Illuka_vallavalitsus, lk 8
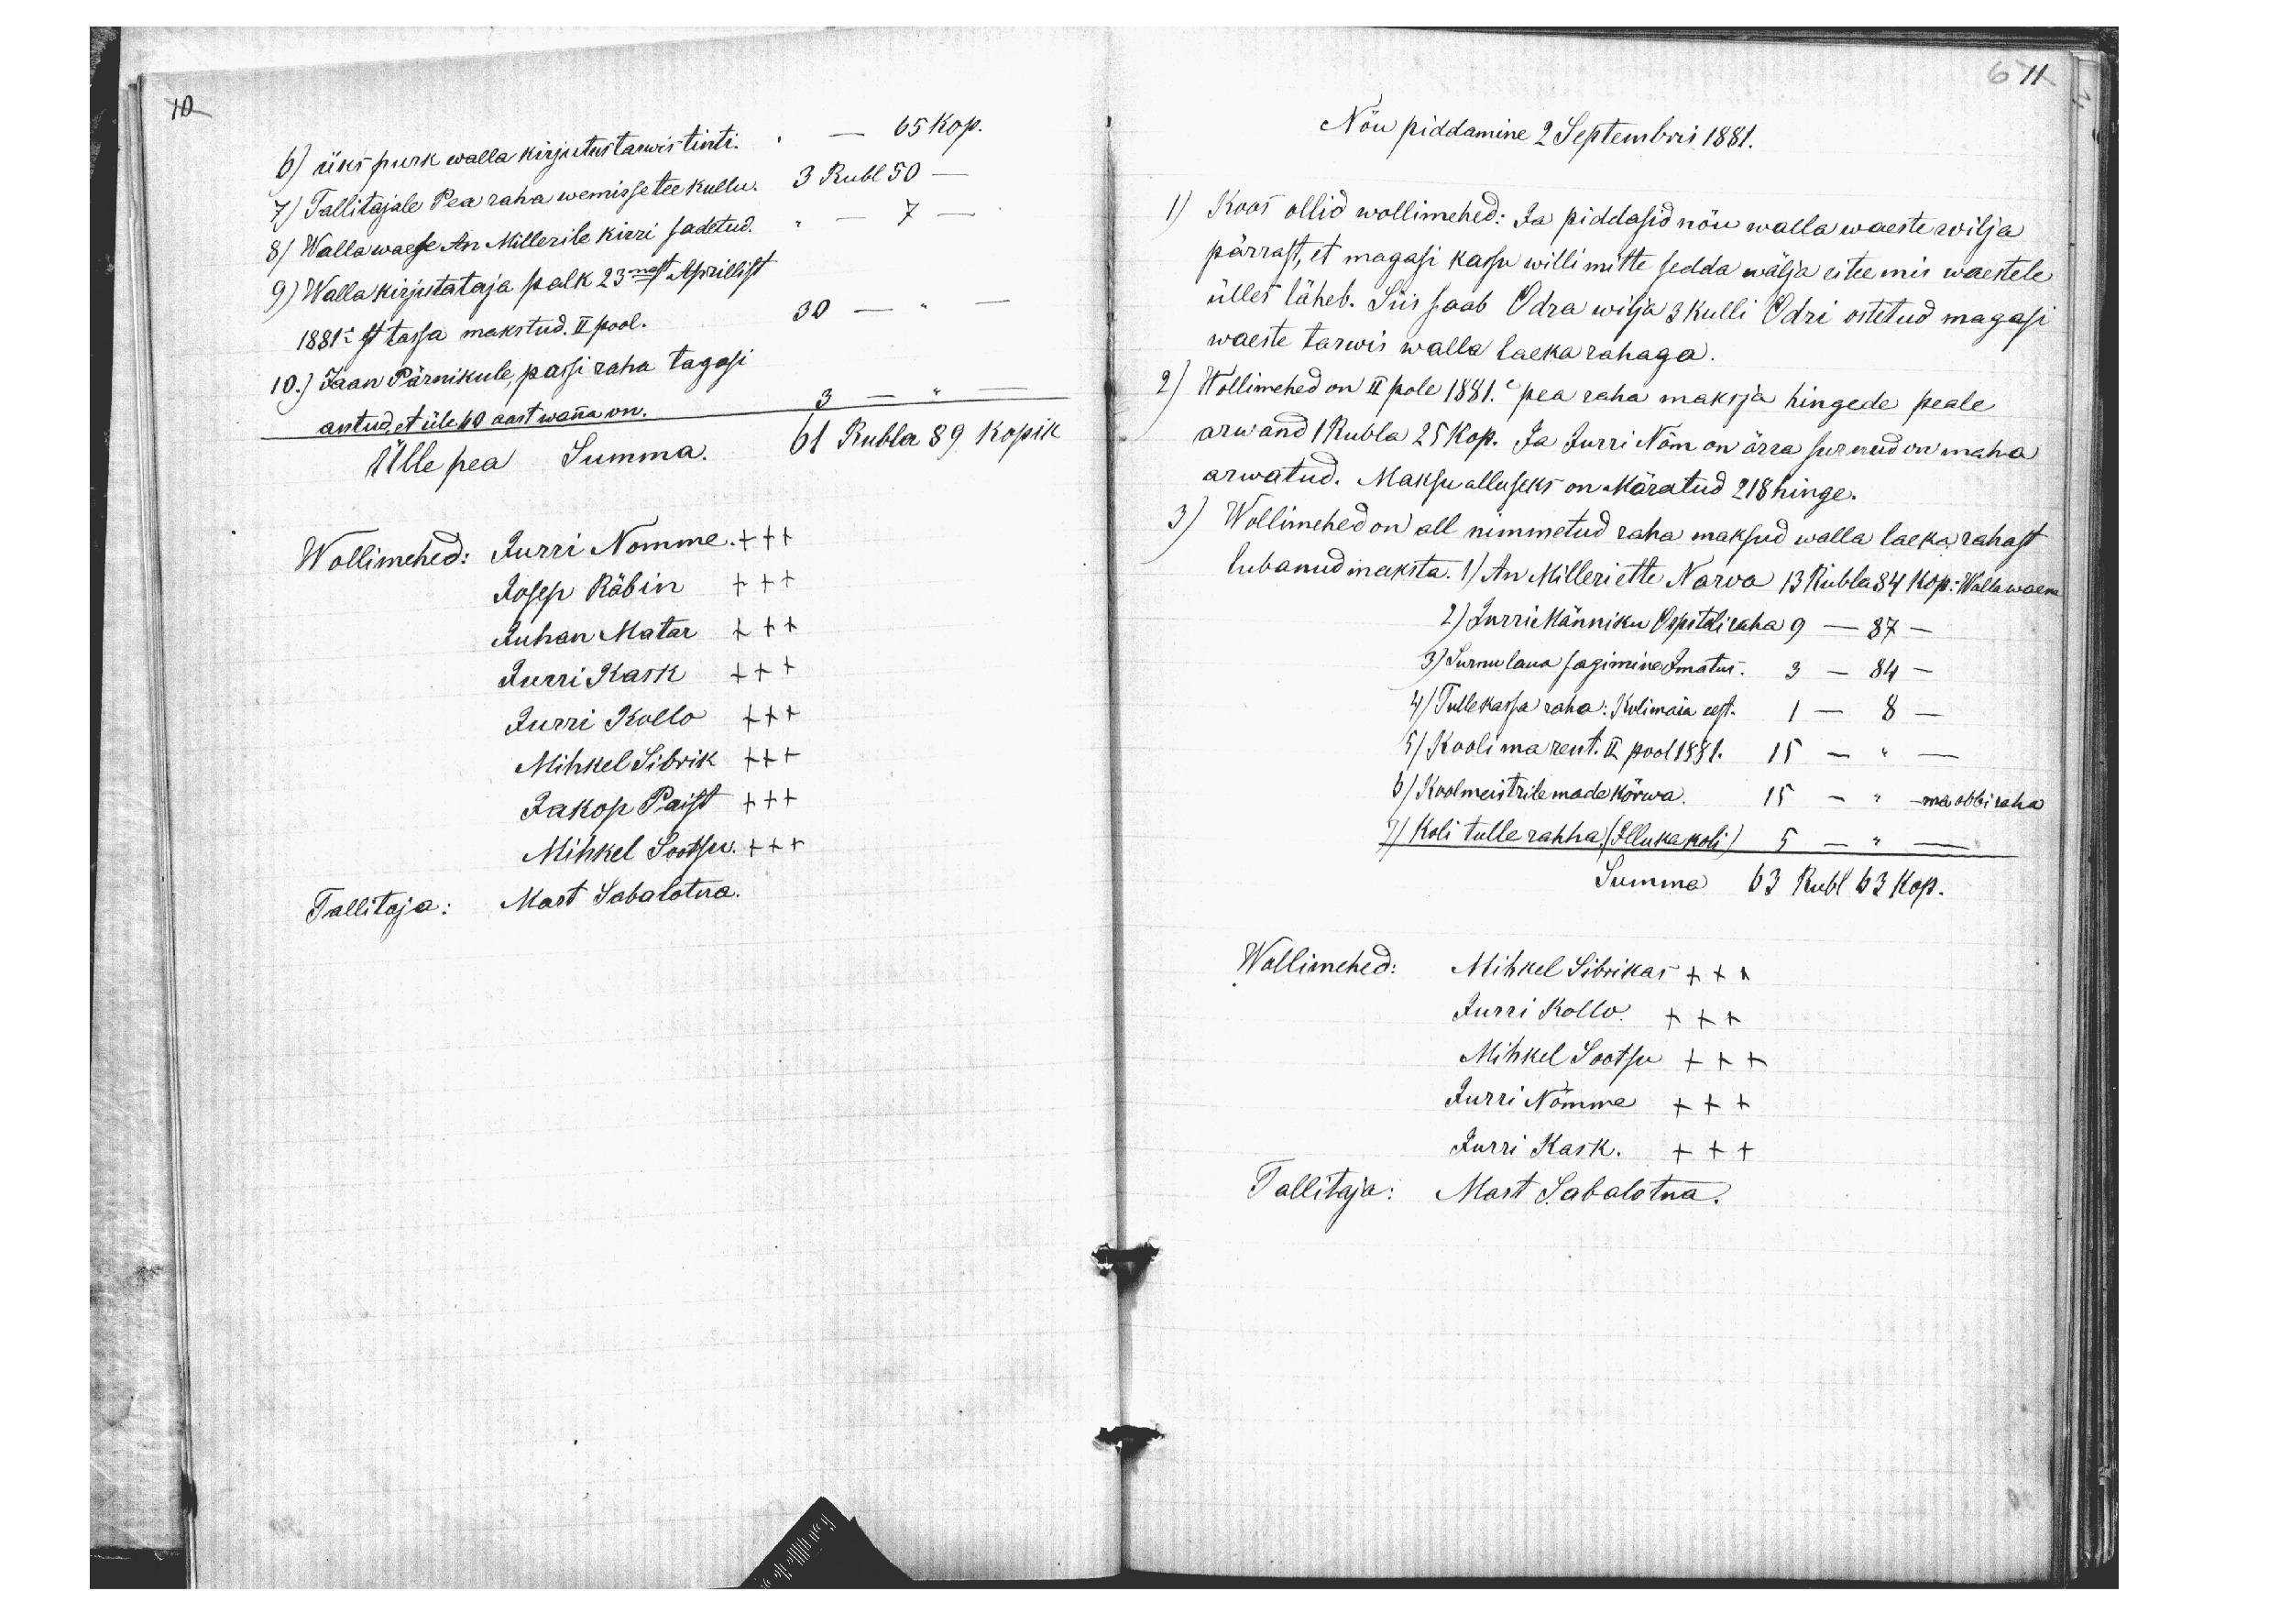
6 11

10

6) üks purk walla kirjutus tarwis tinti. - 65 kop.
7) Tallitajale Pea raha wemisse tee kullu. 3 Rubl 50 -
8) Wallawaese An Millerile kirri sadetud. " - 7 -
9) Walla kirjutataja palk 23mast Aprillist
1881e est tassa makstud. II pool. 30 - " -
10.) Jaan Pärnikule, passi raha tagasi
antud, et üle 40 aast wanna on. 3 - " -
Ülle pea Summa. 61 Rubla 89 kopik
Wollimehed: Jurri Nomme. +++
Josep Räbin +++
Juhan Matar +++
Jurri Kask +++
Jurri Kollo +++
Mihkel Sibrik +++
Jakop Paist +++
Mihkel Sootsu +++
Tallitaja: Mart Sabalotna.

Nõu piddamine 2 Septembri 1881.
1) Koos ollid wollimehed: Ja piddasid nõu walla waeste wilja
pärrast, et magasi kassu willi mitte sedda wälja ei tee mis waestele
ülles läheb. Siis saab Odra wilja 3 kulli Odri ostetud magasi
waeste tarwis walla laeka rahaga.
2) Wollimehed on II pole 1881e pea raha maksja hingede peale
arwand 1 Rubla 25 kop. Ja Jurri Nõm on ärra surnud on maha
arwatud. Maksu alluseks on Märatud 218 hinge.
3) Wollimehed on all nimmetud raha maksud walla laeka rahast
lubanud maksta. 1) An Milleri ette Narva 13 Rubla 84 kop: Wallawaene
2) Jurri Männiku Ospitali raha 9 - 87 -
3) Surnu laua sagimine Imatus. 3 - 84 -
4) Tullekassa raha: Kolimaia eest. 1 - 8 -
5) Kooli ma rent. II pool 1881. 15 - " -
6) Koolmeistrile made kõrwa. 15 - " - ma abbi raha
7) Koli tulle rahha. (Illuka koli) 5 - " -
Summa 63 Rubl 63 kop.
Wollimehed: Mihkel Sibrikas +++
Jurri Kollo XXX
Mihkel Sootsu XXX
Jurri Nõmme XXX
Jurri Kask. XXX
Tallitaja: Mart Sabalotna.